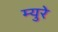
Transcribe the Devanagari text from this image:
म्‍युरे